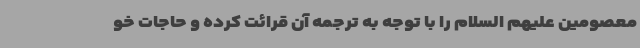
معصومین علیهم السلام را با توجه به ترجمه آن قرائت کرده و حاجات خو